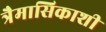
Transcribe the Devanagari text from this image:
त्रैमासिकाशी